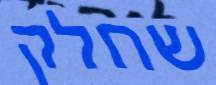
שחלק